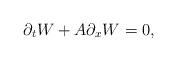
LaTeX: \begin{align*} \partial_t W + A\partial_x W =0,\end{align*}